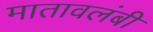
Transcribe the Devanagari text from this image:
मातावलंबी